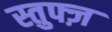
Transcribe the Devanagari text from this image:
स्तुफ्ज़